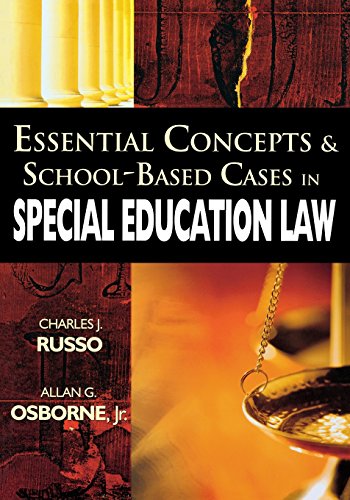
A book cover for Essential Concepts and School-Based Cases in Special Education Law; Charles J. Russo; Law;